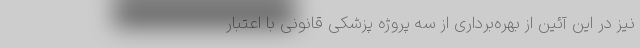
نیز در این آئین از بهره‌برداری از سه پروژه پزشکی قانونی با اعتبار